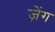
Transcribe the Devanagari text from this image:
ज़ेंग